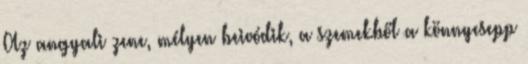
Az angyali zene, mélyen beivódik, a szemekből a könnycsepp